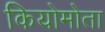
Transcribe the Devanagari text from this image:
कियोमोता